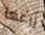
زرعها